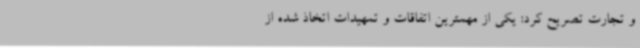
و تجارت تصریح کرد: یکی از مهمترین اتفاقات و تمهیدات اتخاذ شده از